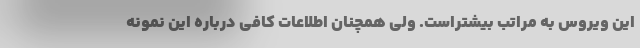
این ویروس به مراتب بیشتراست. ولی همچنان اطلاعات کافی درباره این نمونه